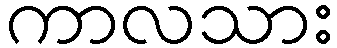
ကာလသား